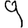
Digit: 9